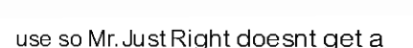
use so Mr.Just Right doesnt get a